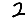
Digit: 2